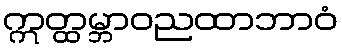
ဣတ္ထမ္ဘာဝညထာဘာဝံ